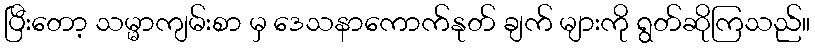
ပြီးတော့ သမ္မာကျမ်းစာ မှ ဒေသနာကောက်နုတ် ချက် များကို ရွတ်ဆိုကြသည်။